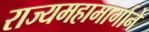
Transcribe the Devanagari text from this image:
राज्यमहामार्गाने